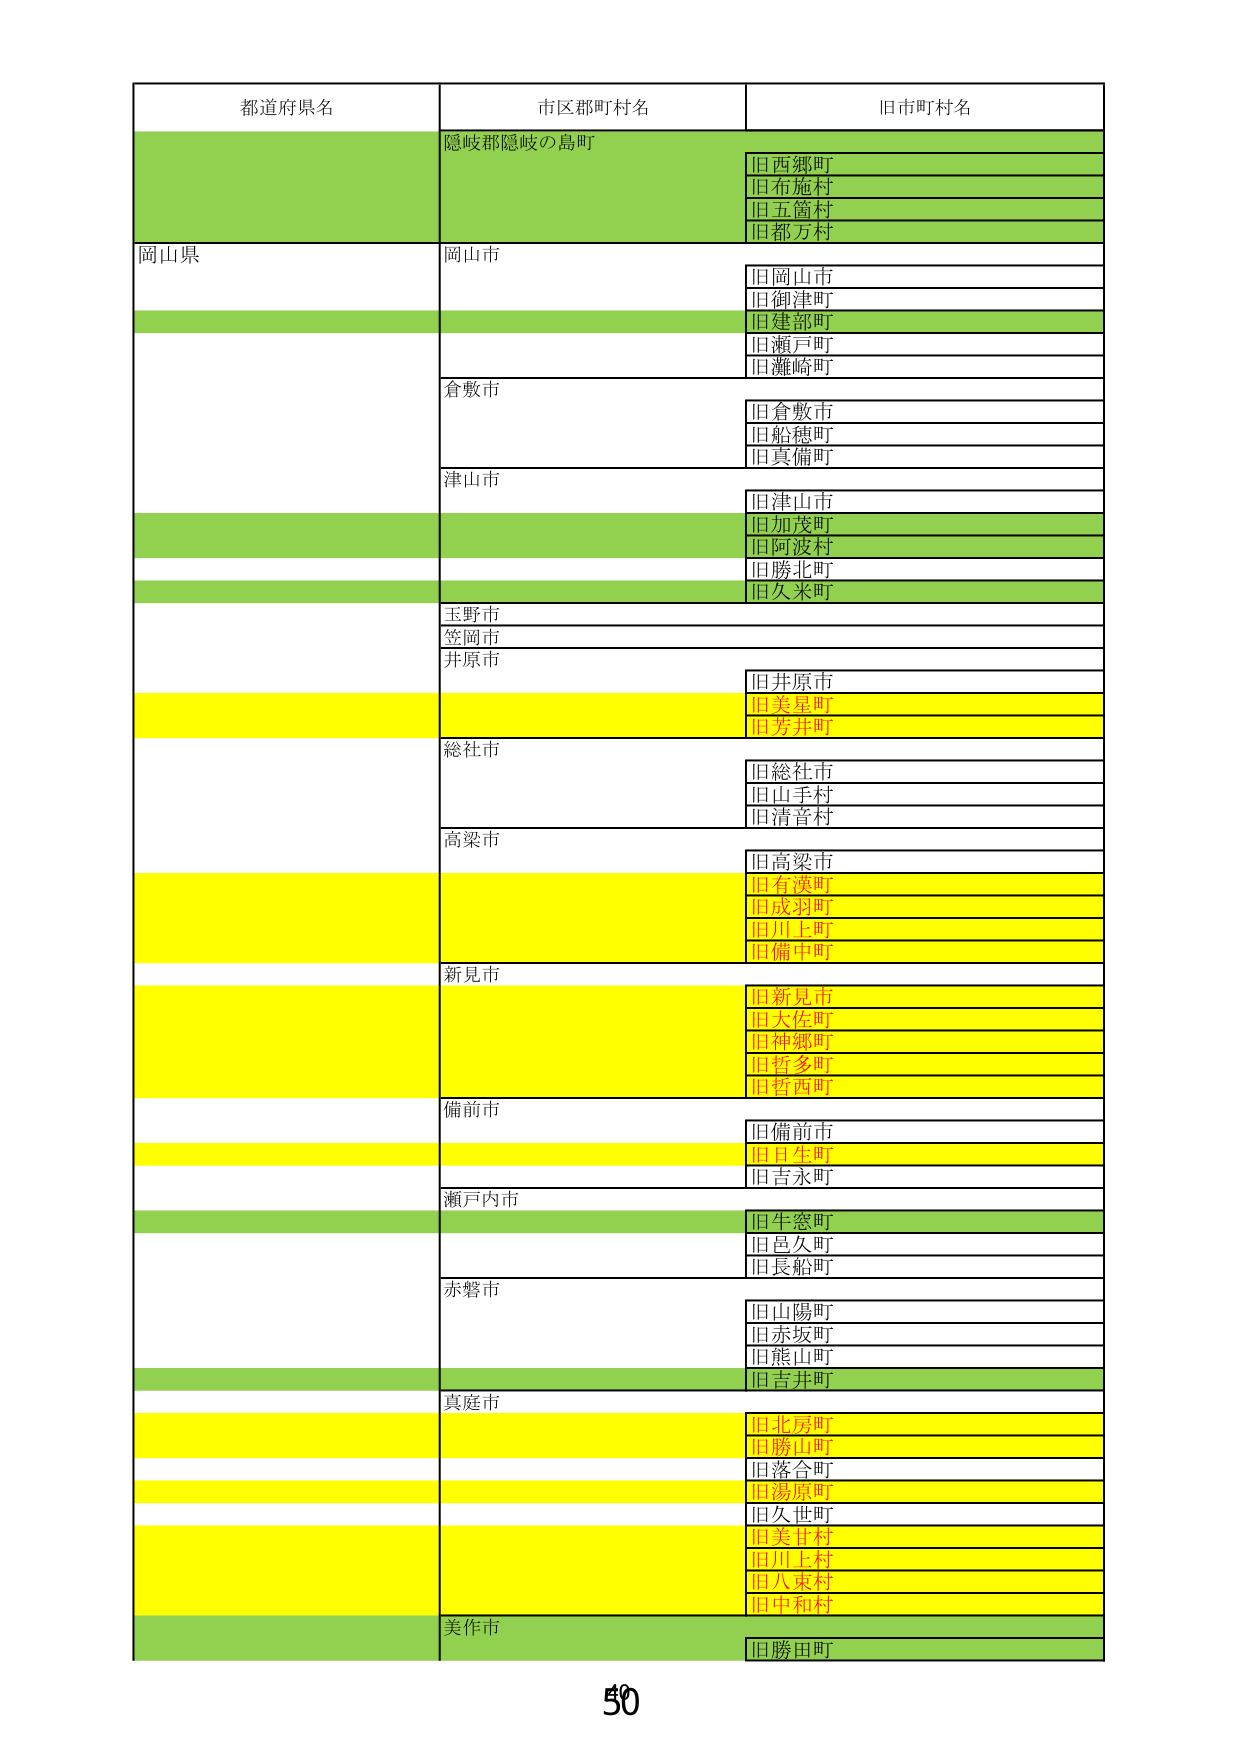
都道府県名
市区郡町村名
旧市町村名
隠岐郡隠岐の島町
旧西郷町
旧布施村
旧五箇村
旧都万村
岡山県
岡山市
旧岡山市
旧御津町
旧建部町
旧瀬戸町
旧灘崎町
倉敷市
旧倉敷市
旧船穂町
旧真備町
津山市
旧津山市
旧加茂町
旧阿波村
旧勝北町
旧久米町
玉野市
笠岡市
井原市
旧井原市
旧美星町
旧芳井町
総社市
旧総社市
旧山手村
旧清音村
高梁市
旧高梁市
旧有瀬町
旧成羽町
旧川上町
旧備中町
新見市
旧新見市
旧大佐町
旧神郷町
旧哲多町
旧哲西町
備前市
旧備前市
旧日生町
旧吉永町
瀬戸内市
旧生懸町
旧邑久町
旧長船町
赤磐市
旧山陽町
旧赤坂町
旧熊山町
旧吉井町
真庭市
旧北房町
旧勝山町
旧落合町
旧湯原町
旧久世町
旧美甘村
旧川上村
旧八束村
旧中和村
美作市
旧勝田町
50